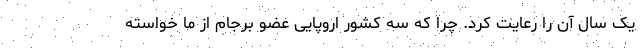
یک سال آن را رعایت کرد. چرا که سه کشور اروپایی عضو برجام از ما خواسته